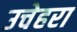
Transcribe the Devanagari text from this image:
उचेहरा